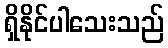
ရှိနိုင်ပါသေးသည်